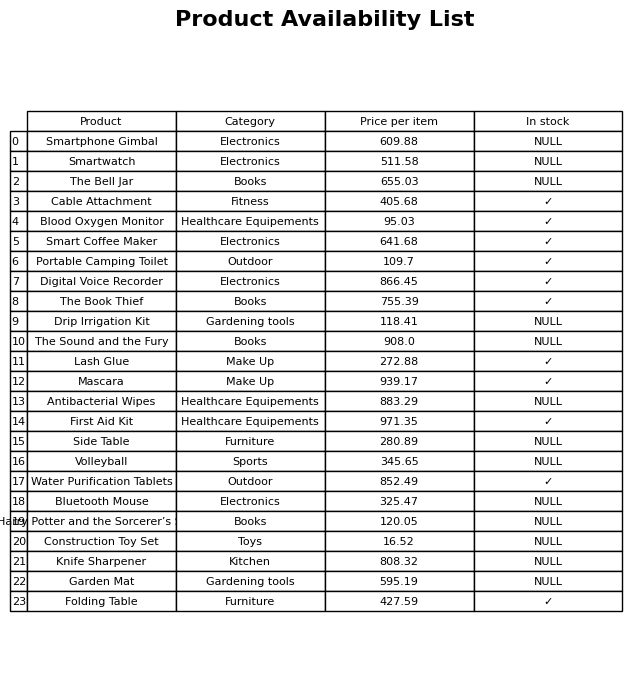
question: What is the price of the Garden Mat?
answer: The price of Garden Mat is 595.19.